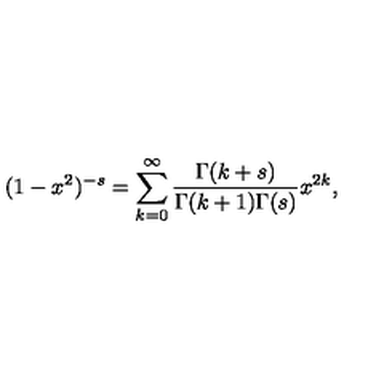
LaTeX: ( 1 - x ^ { 2 } ) ^ { - s } = \sum _ { k = 0 } ^ { \infty } { \frac { \Gamma ( k + s ) } { \Gamma ( k + 1 ) \Gamma ( s ) } } x ^ { 2 k } ,